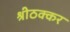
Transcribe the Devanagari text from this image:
श्रीठक्कर